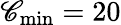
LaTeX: \mathscr{C}_{\operatorname*{min}}=20